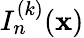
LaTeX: I_{n}^{(k)}({\mathbf x})